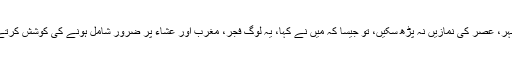
اگر ظہر، عصر کی نمازیں نہ پڑھ سکیں، تو جیسا کہ میں نے کہا، یہ لوگ فجر، مغرب اور عشاء پر ضرور شامل ہونے کی کوشش کرتے ہیں۔